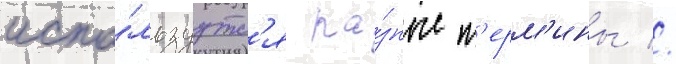
испо́льзуутс'я ра́зные т'ерм'ины //